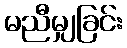
မညီမျှခြင်း